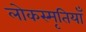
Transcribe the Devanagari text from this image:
लोकस्मृतियाँ